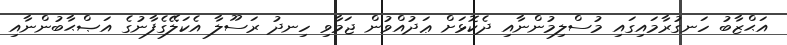
އަޙްޒާބު ހަނގުރާމައިގައި މުސްލިމުންނާއި ދެކޮޅަށް ޢަދުއްވުން ޖަމާވި ހިނދު ރަސޫލާ އެކަލޭގެފާނުގެ އަޞްޙާބުންނާއި